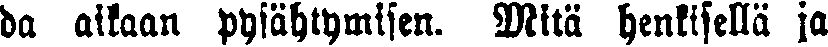
da aikaan pysähtymisen. Mitä henkisellä ja